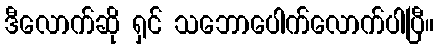
ဒီလောက်ဆို ရှင် သဘောပေါက်လောက်ပါပြီ။